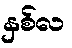
နှစ်လ